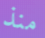
منذ